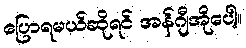
ပြောရမယ်ဆိုရင် အန်ဂျီအိုပေါ့။